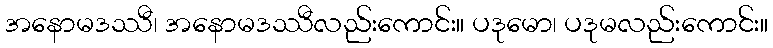
အနောမဒဿီ၊ အနောမဒဿီလည်းကောင်း။ ပဒုမော၊ ပဒုမလည်းကောင်း။